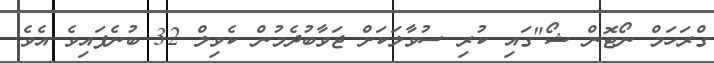
ގްރަހަމް ނޯޓޮން ޝޯ"ގައި ކުރި ސުވާލަކަށް ޖަވާބުދެމުން ކެވިލް 32 ބުނެފައިވެ އެވެ.